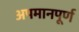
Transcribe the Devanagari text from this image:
अपमानपूर्ण